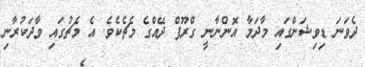
ދެވަނަ ޑިވިޝަންގައި މާދަމާ އޮންނާނީ ގްރޫޕް ދޭއްގެ މެޗެކެވެ. އެ މެޗުގައި ވާދަކުރާނި